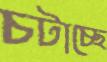
চটাচ্ছে